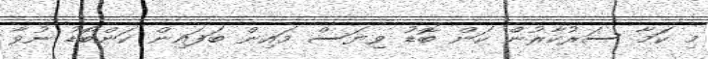
މި ކަމާ ސަރުކާރުން ކަން ބޮޑު ވިޔަސް މައިން ބަފައިން ކަންބޮޑު ނުވާ